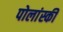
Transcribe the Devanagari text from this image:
पोलांस्की